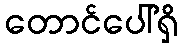
တောင်ပေါ်ရှိ